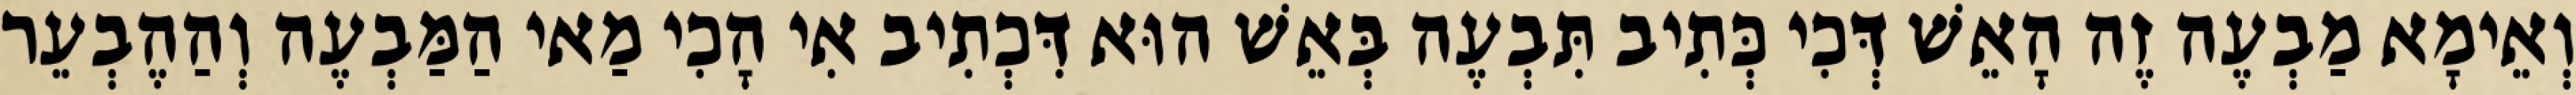
וְאֵימָא מַבְעֶה זֶה הָאֵשׁ דְּכִי כְּתִיב תִּבְעֶה בְּאֵשׁ הוּא דִּכְתִיב אִי הָכִי מַאי הַמַּבְעֶה וְהַהֶבְעֵר